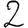
Digit: 2